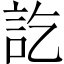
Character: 訖